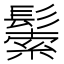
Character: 𩮛